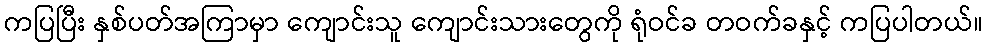
ကပြပြီး နှစ်ပတ်အကြာမှာ ကျောင်းသူ ကျောင်းသားတွေကို ရုံဝင်ခ တဝက်ခနှင့် ကပြပါတယ်။